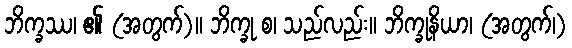
ဘိက္ခဿ၊ ၏ (အတွက်)။ ဘိက္ခု စ၊ သည်လည်း။ ဘိက္ခုနိယာ၊ (အတွက်၊)